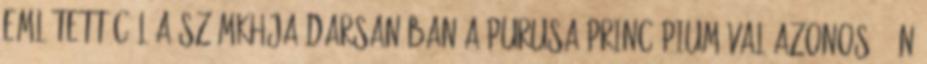
említett cél a számkhja-darsanában a Purusa princípiumával azonos: "Én